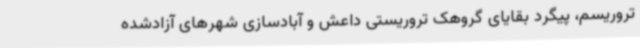
تروریسم، پیگرد بقایای گروهک تروریستی داعش و آبادسازی شهرهای آزادشده